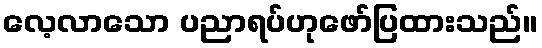
လေ့လာသော ပညာရပ်ဟုဖော်ပြထားသည်။